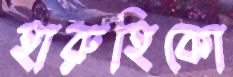
হারুহিকো